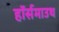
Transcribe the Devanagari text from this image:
हॉर्समाउथ